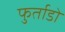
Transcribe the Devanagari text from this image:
फुर्ताडो